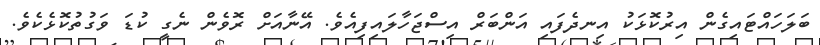
ބަލަހައްޓައިގެން އިރުކޮޅަކު އިނދެފައި އަންބަރް އިސްޖަހާލައިފިއެވެ. އޭނާއަށް ރޮވެން ނެގީ ކުޑަ ވަގުތުކޮޅެކެވެ.